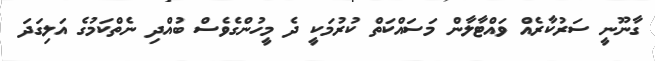
ގާނޫނީ ސަރުކާރެއް ވައްޓާލާން މަސައްކަތް ކުރުމަކީ ދެ މީހުންގެވެސް ބުއްދި ނެތްކަމުގެ އަލިގަދަ